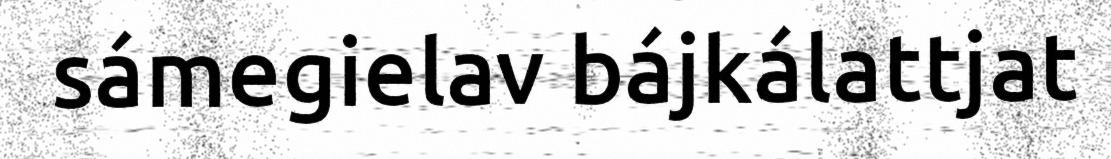
sámegielav bájkálattjat